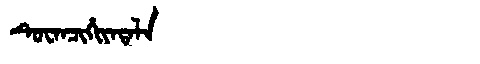
Manchu: ᡨᡠᠸᠠᠨᠴᡳᡥᡳᠶᠠᡨᠠᠯᠠ
Romanization: TUWANCIHIYATALA